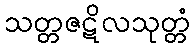
သတ္တဇဋိလသုတ္တံ